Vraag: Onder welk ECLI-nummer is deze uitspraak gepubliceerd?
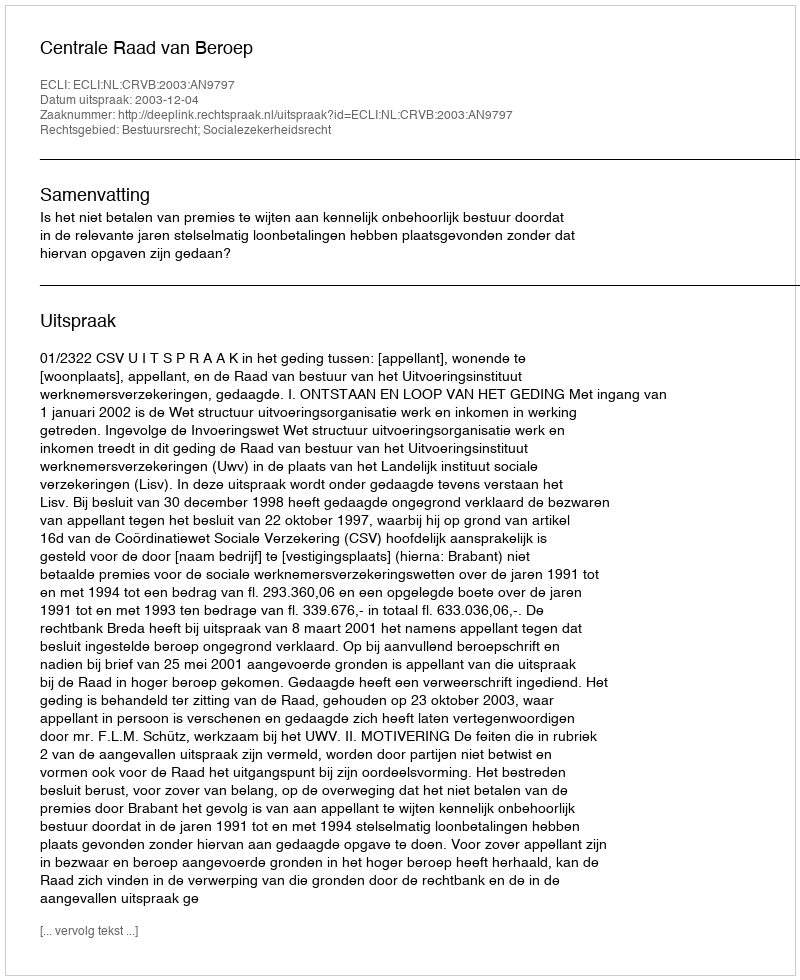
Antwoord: ECLI:NL:CRVB:2003:AN9797